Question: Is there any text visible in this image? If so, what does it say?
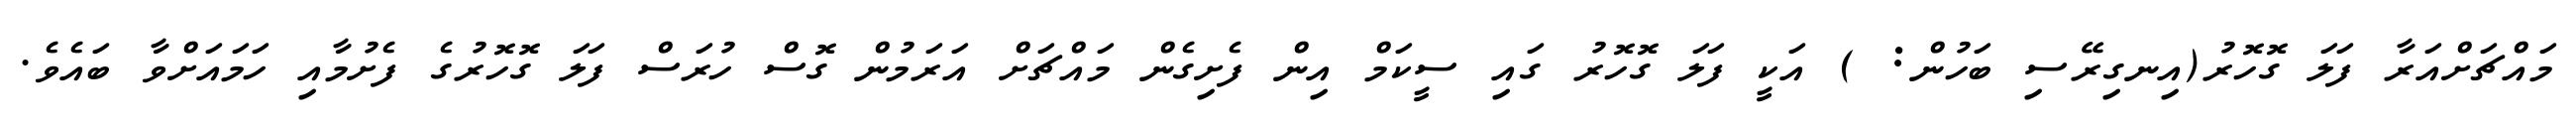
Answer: މައްޗަށްއަރާ ފަލަ ގޮހޮރު(އިނގިރޭސި ބަހުން: ) އަކީ ފަލަ ގޮހޮރު ގައި ސީކަމް އިން ފެށިގެން މައްޗަށް އަރަމުން ގޮސް ހުރަސް ފަލަ ގޮހޮރުގެ ފެށުމާއި ހަމައަށްވާ ބައެވެ.